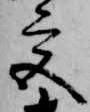
宮